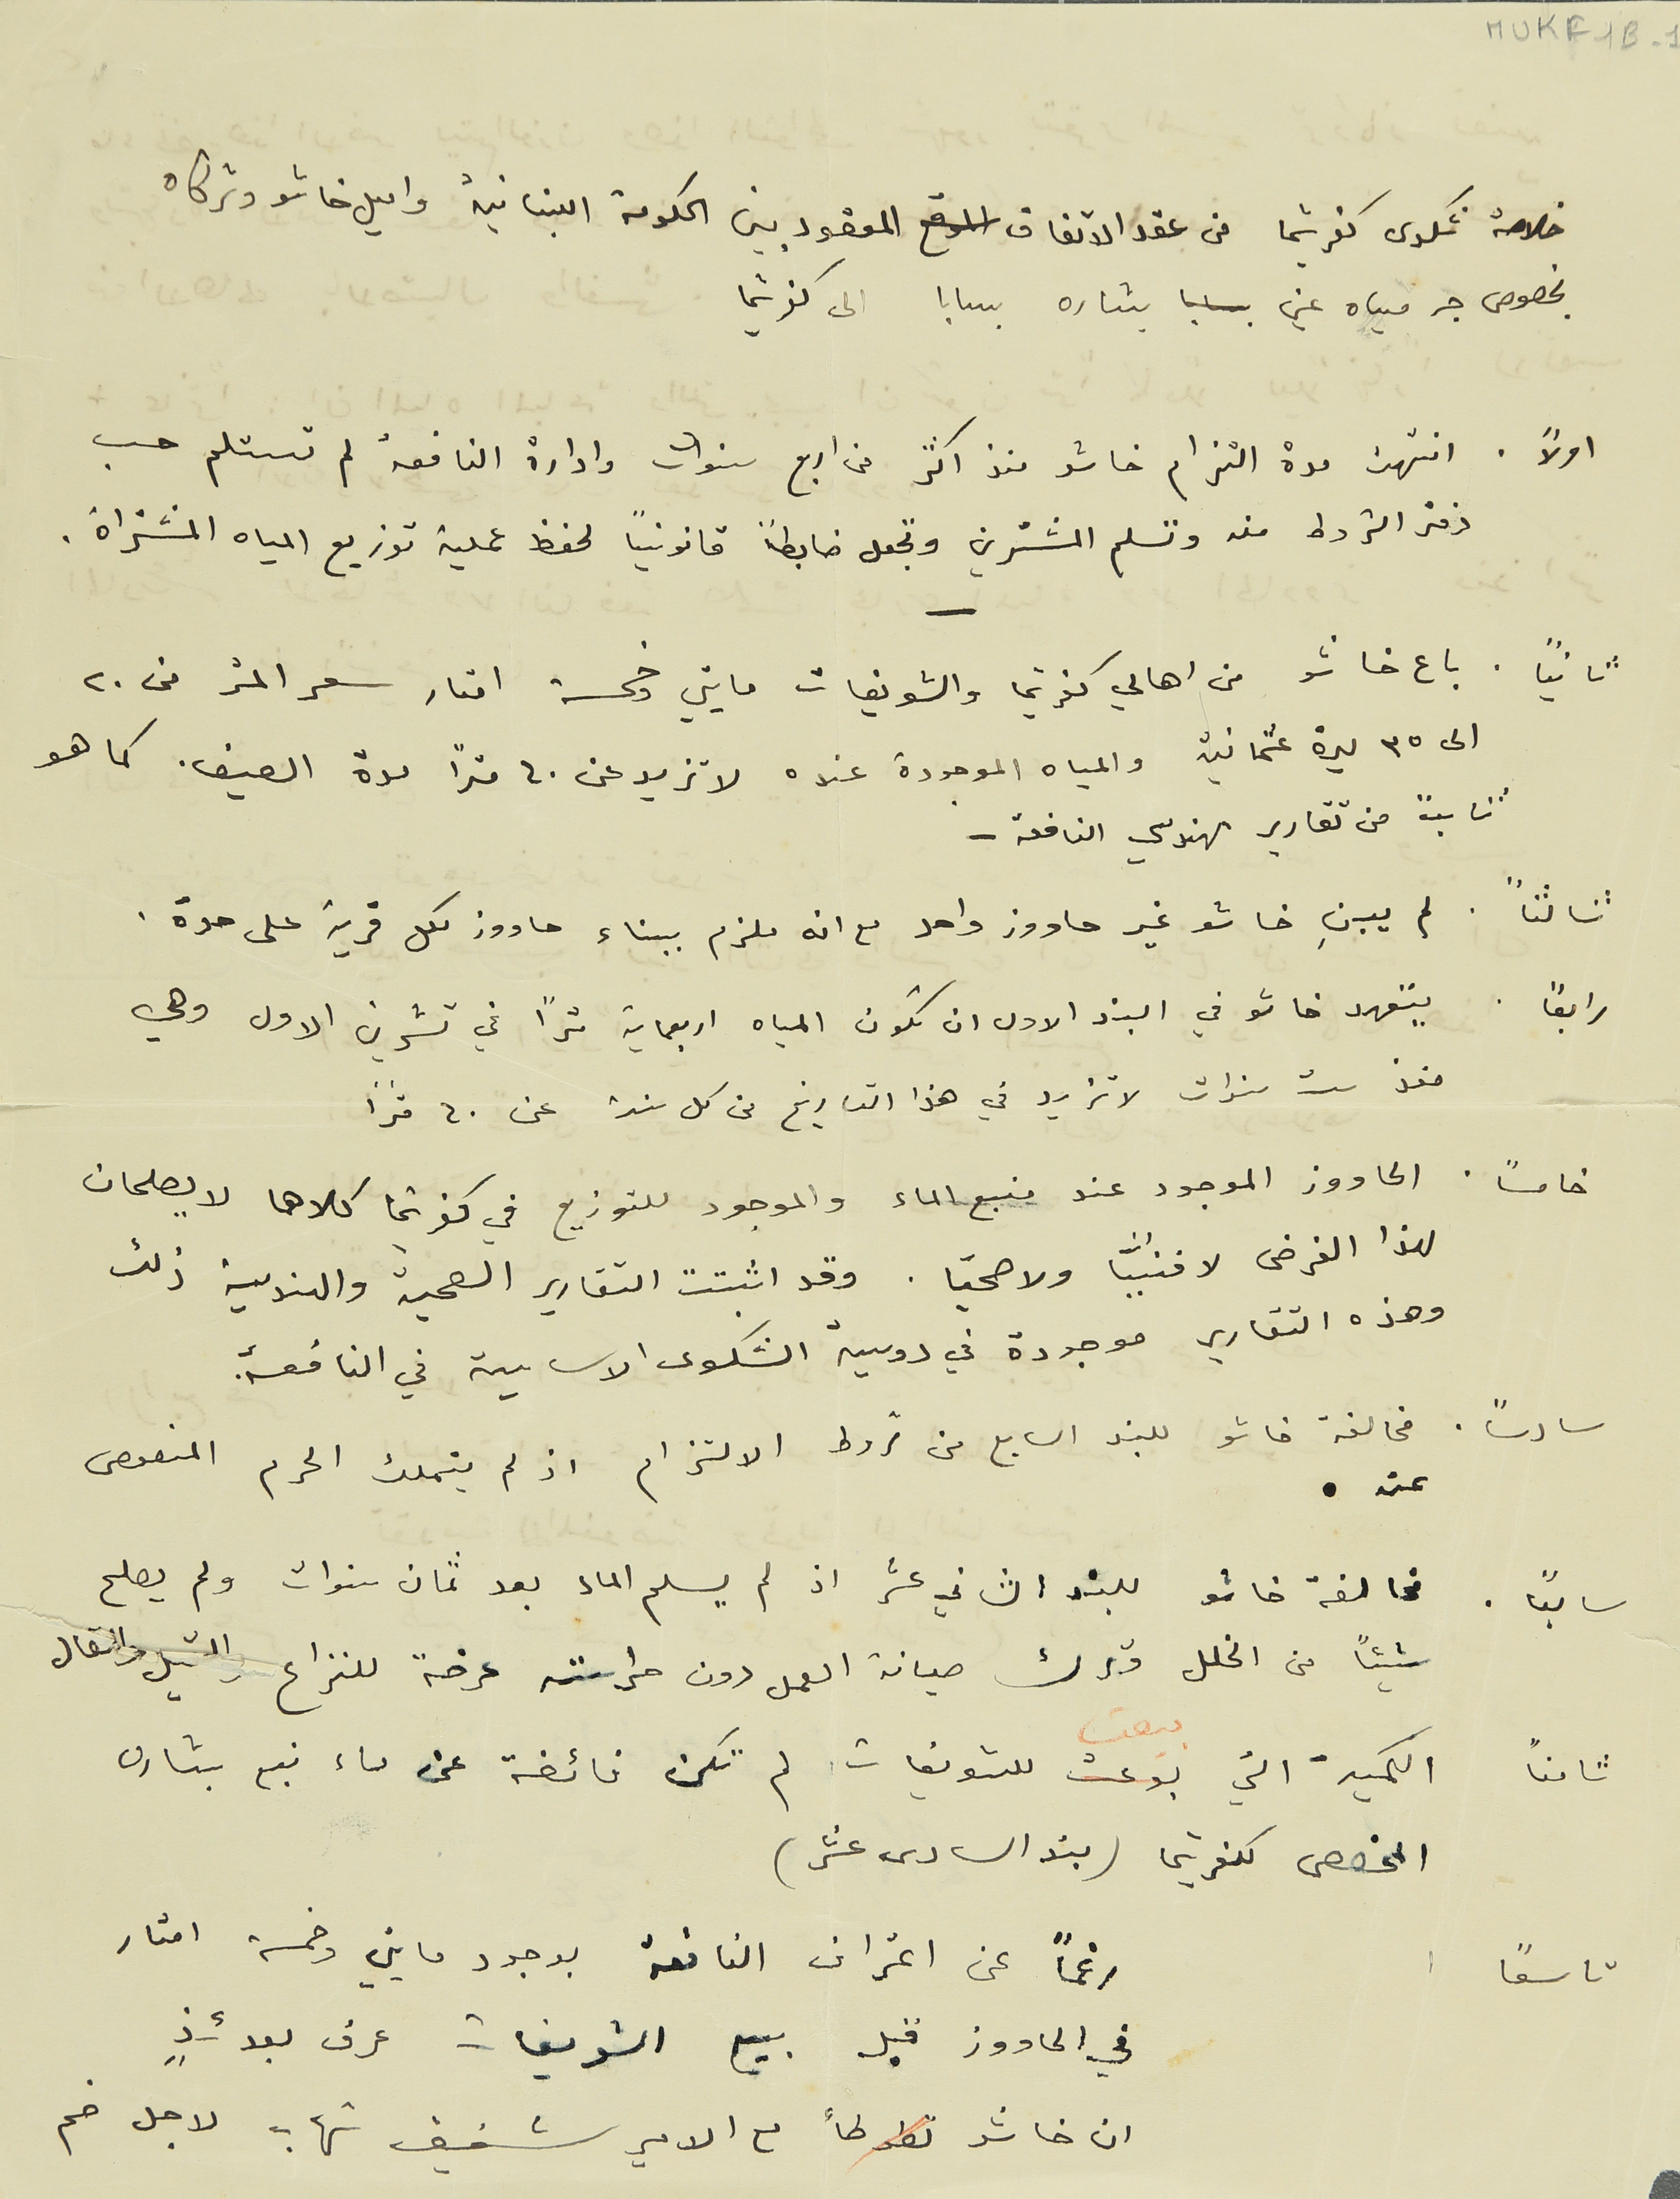
1_MUKF1B
خلاصة شكوى كفرشيما من عقد الاتفاق المعقود بين الحكومة اللبنانية واميل خاشو وشركاه
بخصوص جر مياه عين بشاره بسابا الى كفرشيما
اولاً. انتهت مدة التزام خاشو منذ اكثر من اربع سنوات وادارة النافعة لم تستلم حسب
 دفتر الشروط منه وتسلم المشترين وتجعل ضابطاً قانونياً لحفظ عملية توزيع المياه المشتراة.
ثانياً. باع خاشو من اهالي كفرشيما والشويفات مايتي وخمسة امتار سعر المتر من ٢٠
الى ٣٥ ليرة عثمانية والمياه الموجودة عنده لا تزيد عن ٤٠ متراً مدة الصيف. كما هو
ثابتاً من تقارير مهندسي النافعة -
ثالثاً . لم يبنِ خاشو غير حاووز واحد مع انه ملزم ببناء حاووز لكل قرية على حدة.
رابعًاً . يتعهد خاشو في البند الاول ان تكون المياه اربعماية مترًا في تشرين الاول وهي
منذ ست سنوات لا تزيد في هذا التاريخ من كل سنة عن ٤٠ مترًا
خامساً. الحاووز الموجود عند منبع الماء والموجود للتوزيع في كفرشيما كلاهما لا يصلحان
 لهذا الغرض لا فنيًّا ولا صحيّا. وقد اثبتت التقارير الصحية والهندسية ذلك
وهذه التقارير موجودة في دوسية الشكوى الاساسية في النافعة.
سادساً. مخالفة خاشو للبند السابع من شروط الالتزام اذ لم يتملك الحرم المنصوص
عنه  .
سابعًا. مخالفة خاشو للبند الثاني عشر اذ لم يسلم الماء بعد ثمان سنوات ولم يصلح
شيئاً من الخلل وترك صيانة العمل دون حراسته عرضة للنزاع والقيل والقال
ثامناً الكمية التي بيعت للشويفات لم تكن فائضة عنى ماء نبع بشاره
- المخصص لكفرشيما (بند السادس عشر)
رغماً عن اعراف النافعة بوجود مايتي وخمسة امتار
 في الحاووز قبل بيع الشويفات عرف بعدئذٍ
ان خاشو تطوطأ مع الامير شفيق شهاب لاجل ضم
تاسعًا: